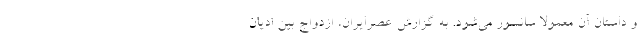
و داستان آن معمولا سانسور می‌شود. به گزارش عصرایران، ازدواج بین ادیان